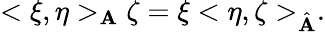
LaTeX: <\xi,\eta>_{\mathbf{A}}\zeta=\xi<\eta,\zeta>_{\hat{{\mathbf{A}}}}.